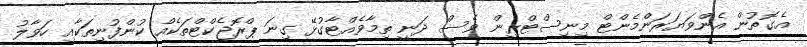
އެގޮތުން އެންވަޔަރަންމެންޓް މިނިސްޓްރީން ވެސް ދަނީ ތިމާވެއްޓާގުޅޭ ގިނަ ޕްރޮޖެކްޓްތަކެއް ކުންފުނިތަކާއި ހަވާލު